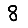
Digit: 8